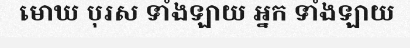
មោឃ បុរស ទាំងឡាយ អ្នក ទាំងឡាយ